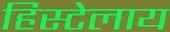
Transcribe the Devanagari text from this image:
हिस्टेलाय